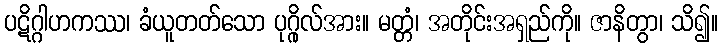
ပဋိဂ္ဂါဟကဿ၊ ခံယူတတ်သော ပုဂ္ဂိုလ်အား။ မတ္တံ၊ အတိုင်းအရှည်ကို။ ဇာနိတွာ၊ သိ၍။